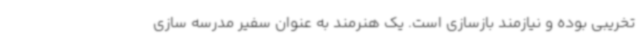
تخریبی بوده و نیازمند بازسازی است. یک هنرمند به عنوان سفیر مدرسه سازی